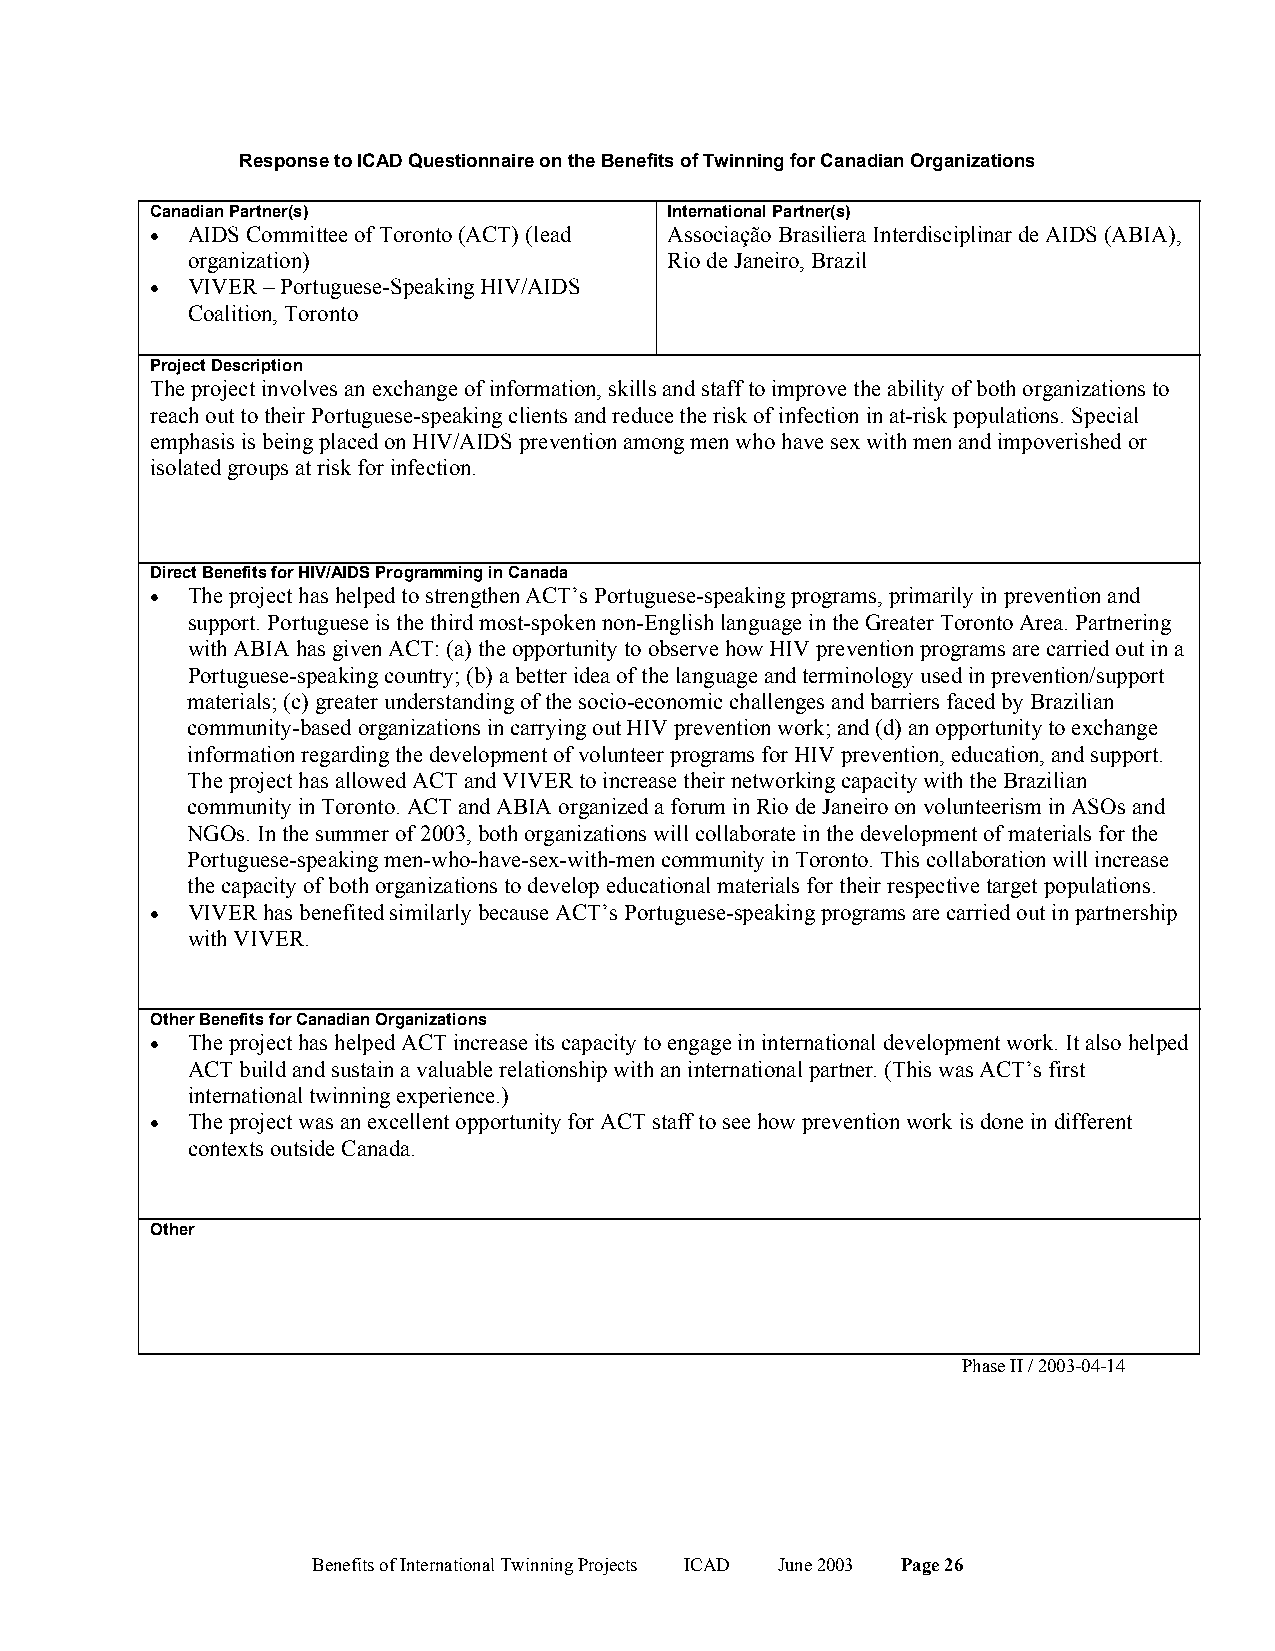
Response to ICAD Questionnaire on the Benefits of Twinning for Canadian Organizations
 Canadian Partner(s)               International Partner(s)
 • AIDS Committee of Toronto (ACT) (lead Associação Brasiliera Interdisciplinar de AIDS (ABIA),
 organization)                   Rio de Janeiro, Brazil
 • VIVER – Portuguese-Speaking HIV/AIDS
 Coalition, Toronto
 Project Description
 The project involves an exchange of information, skills and staff to improve the ability of both organizations to
 reach out to their Portuguese-speaking clients and reduce the risk of infection in at-risk populations. Special
 emphasis is being placed on HIV/AIDS prevention among men who have sex with men and impoverished or
 isolated groups at risk for infection.
 Direct Benefits for HIV/AIDS Programming in Canada
 • The project has helped to strengthen ACT’s Portuguese-speaking programs, primarily in prevention and
 support. Portuguese is the third most-spoken non-English language in the Greater Toronto Area. Partnering
 with ABIA has given ACT: (a) the opportunity to observe how HIV prevention programs are carried out in a
 Portuguese-speaking country; (b) a better idea of the language and terminology used in prevention/support
 materials; (c) greater understanding of the socio-economic challenges and barriers faced by Brazilian
 community-based organizations in carrying out HIV prevention work; and (d) an opportunity to exchange
 information regarding the development of volunteer programs for HIV prevention, education, and support.
 The project has allowed ACT and VIVER to increase their networking capacity with the Brazilian
 community in Toronto. ACT and ABIA organized a forum in Rio de Janeiro on volunteerism in ASOs and
 NGOs. In the summer of 2003, both organizations will collaborate in the development of materials for the
 Portuguese-speaking men-who-have-sex-with-men community in Toronto. This collaboration will increase
 the capacity of both organizations to develop educational materials for their respective target populations.
 • VIVER has benefited similarly because ACT’s Portuguese-speaking programs are carried out in partnership
 with VIVER.
 Other Benefits for Canadian Organizations
 • The project has helped ACT increase its capacity to engage in international development work. It also helped
 ACT build and sustain a valuable relationship with an international partner. (This was ACT’s first
 international twinning experience.)
 • The project was an excellent opportunity for ACT staff to see how prevention work is done in different
 contexts outside Canada.
 Other
 Phase II / 2003-04-14
 Benefits of International Twinning Projects ICAD June 2003 Page 26